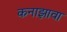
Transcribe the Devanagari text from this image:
कनाझावा